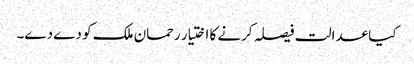
کیا عدالت فیصلہ کرنے کا اختیار رحمان ملک کو دے دے۔